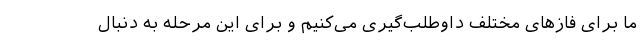
ما برای فازهای مختلف داوطلب‌گیری می‌کنیم و برای این مرحله به دنبال